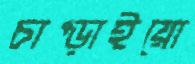
চাপ্‌ড়াইয়ো